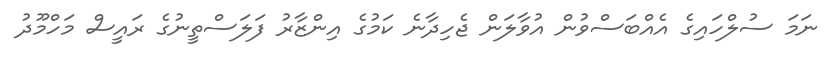
ނަމަ ސުލްހައިގެ އެއްބަސްވުން އުވާލަން ޖެހިދާނެ ކަމުގެ އިންޒާރު ފަލަސްތީނުގެ ރައީސް މަހްމޫދު